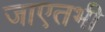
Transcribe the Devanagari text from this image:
जाएतभी